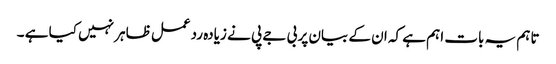
تاہم یہ بات اہم ہے کہ ان کے بیان پر بی جے پی نے زیادہ ردعمل ظاہر نہیں کیا ہے ۔